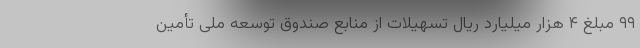
۹۹ مبلغ ۴ هزار میلیارد ریال تسهیلات از منابع صندوق توسعه ملی تأمین